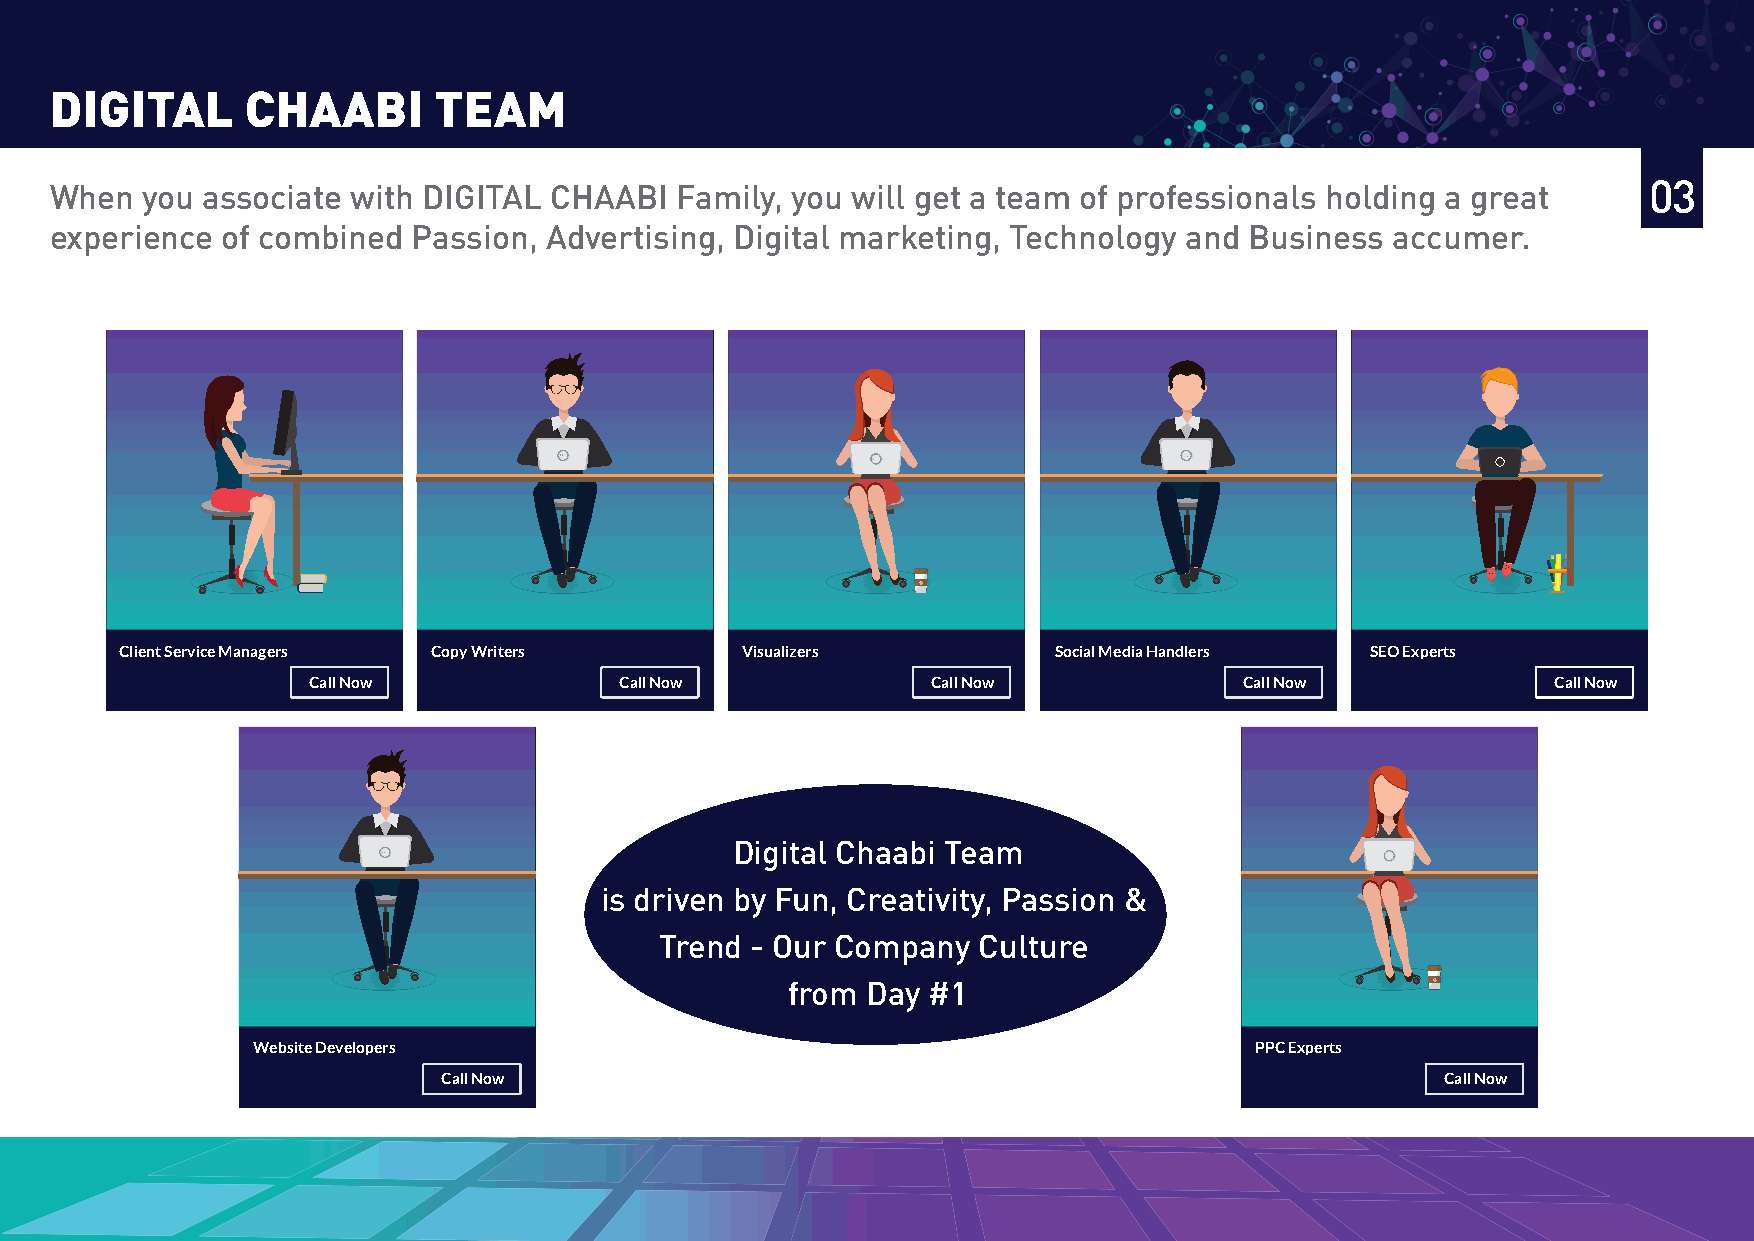
DIGITAL      CHAABI       TEAM
 When  you associate with DIGITAL CHAABI   Family, you will get a team of professionals holding a great    03
 experience  of combined Passion, Advertising, Digital marketing, Technology and Business accumer.
 Client Service Managers Copy Writers     Visualizers          Social Media Handlers SEO Experts
 Call Now             Call Now             Call Now            Call Now             Call Now
 Digital Chaabi Team
 is driven by Fun, Creativity, Passion &
 Trend - Our Company  Culture
 from Day #1
 Website Developers                                                PPC Experts
 Call Now                                                           Call Now